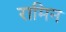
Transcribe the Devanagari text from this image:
रामिन